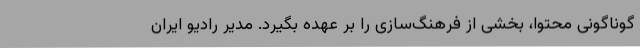
گوناگونی محتوا، بخشی از فرهنگ‌سازی را بر عهده بگیرد. مدیر رادیو ایران